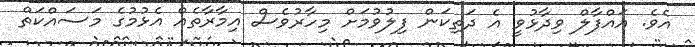
އެވެ. އައްފާލް ވިދާޅުވީ އެ ދަތިކަން ފިލުވުމަށް މިހާރުވެސް އިމާރާތެއް އެޅުމުގެ މަަސައްކަތް